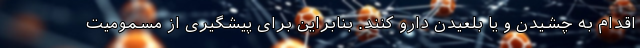
اقدام به چشیدن و یا بلعیدن دارو کنند. بنابراین برای پیشگیری از مسمومیت